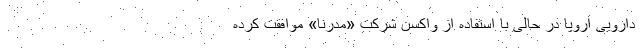
دارویی اروپا در حالی با استفاده از واکسن شرکت «مدرنا» موافقت کرده